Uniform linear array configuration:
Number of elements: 64
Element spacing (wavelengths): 0.75
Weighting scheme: binomial
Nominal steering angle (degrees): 60
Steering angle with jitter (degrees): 61.098
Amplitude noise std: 0.05
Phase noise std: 0.05

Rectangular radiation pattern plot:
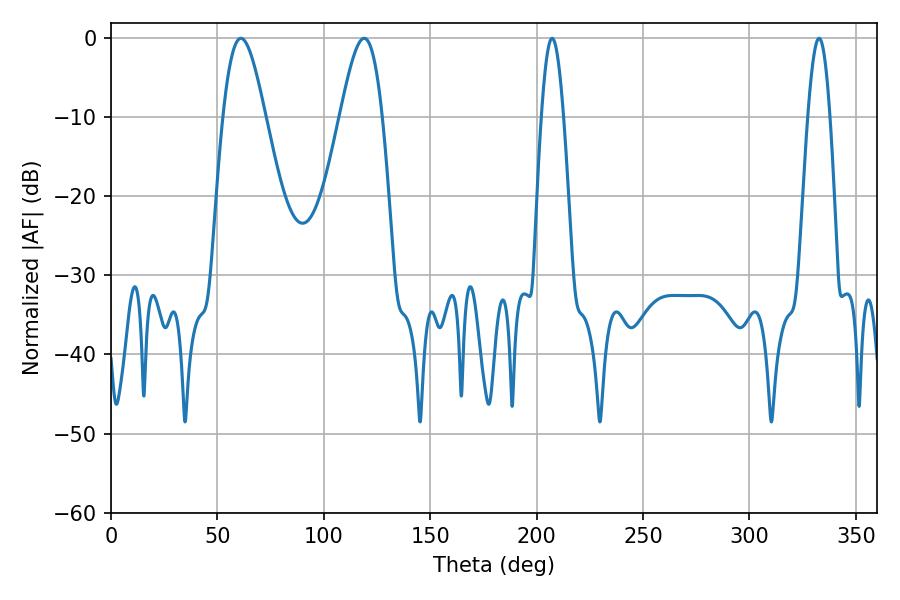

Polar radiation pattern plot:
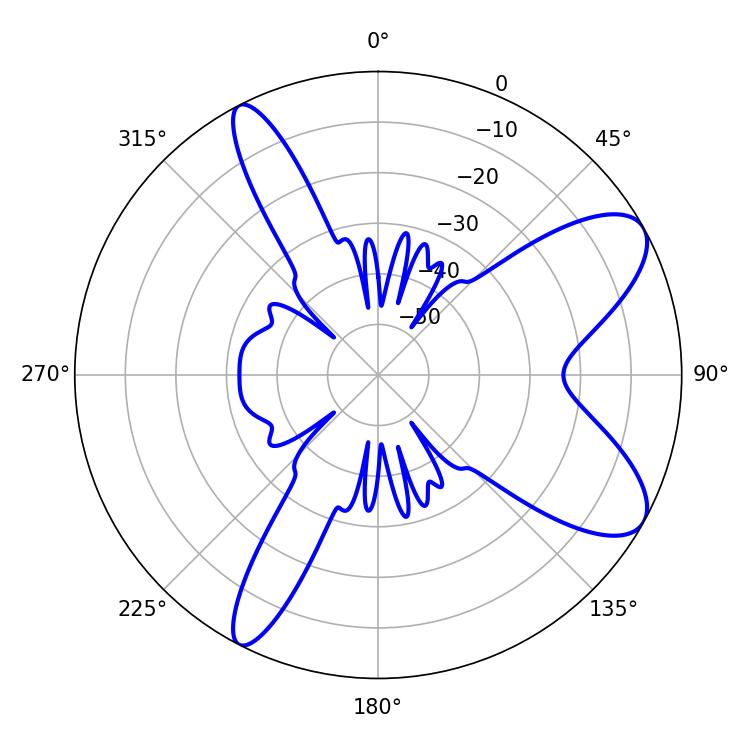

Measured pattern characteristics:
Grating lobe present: TRUE
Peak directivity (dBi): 8.817
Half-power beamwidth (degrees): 10.62
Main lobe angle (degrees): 61.02